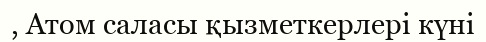
, Атом саласы қызметкерлері күні